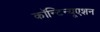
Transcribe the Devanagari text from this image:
कॉन्‍टिन्‍यूएशन